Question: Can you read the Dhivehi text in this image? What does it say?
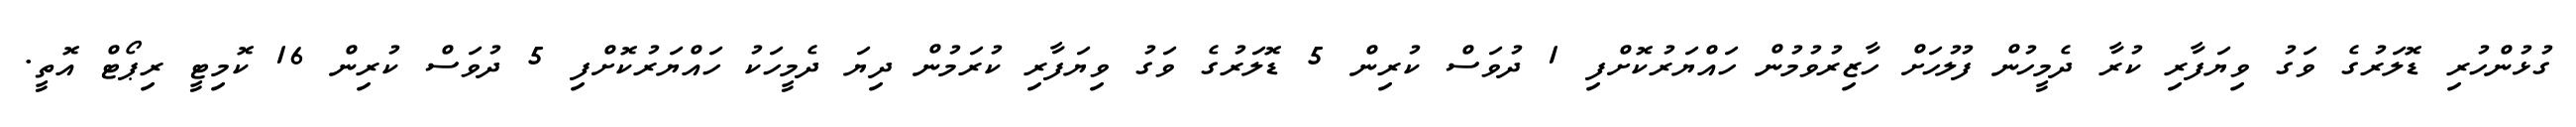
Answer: ގުޅުންހުރި ޑޮލަރުގެ ވަގު ވިޔަފާރި ކުރާ ދެމީހުން ފުލުހަށް ހާޒިރުވުމުން ހައްޔަރުކޮށްފި 1 ދުވަސް ކުރިން 5 ޑޮލަރުގެ ވަގު ވިޔަފާރި ކުރަމުން ދިޔަ ދެމީހަކު ހައްޔަރުކޮށްފި 5 ދުވަސް ކުރިން 16 ކޮމިޓީ ރިޕޯޓް އޮތީ.